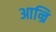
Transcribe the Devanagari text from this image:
आन्रि